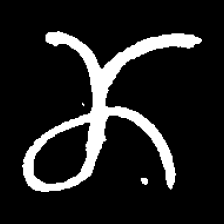
Pyu character \u2014 Myanmar letter: ဏ (romanized: nna)